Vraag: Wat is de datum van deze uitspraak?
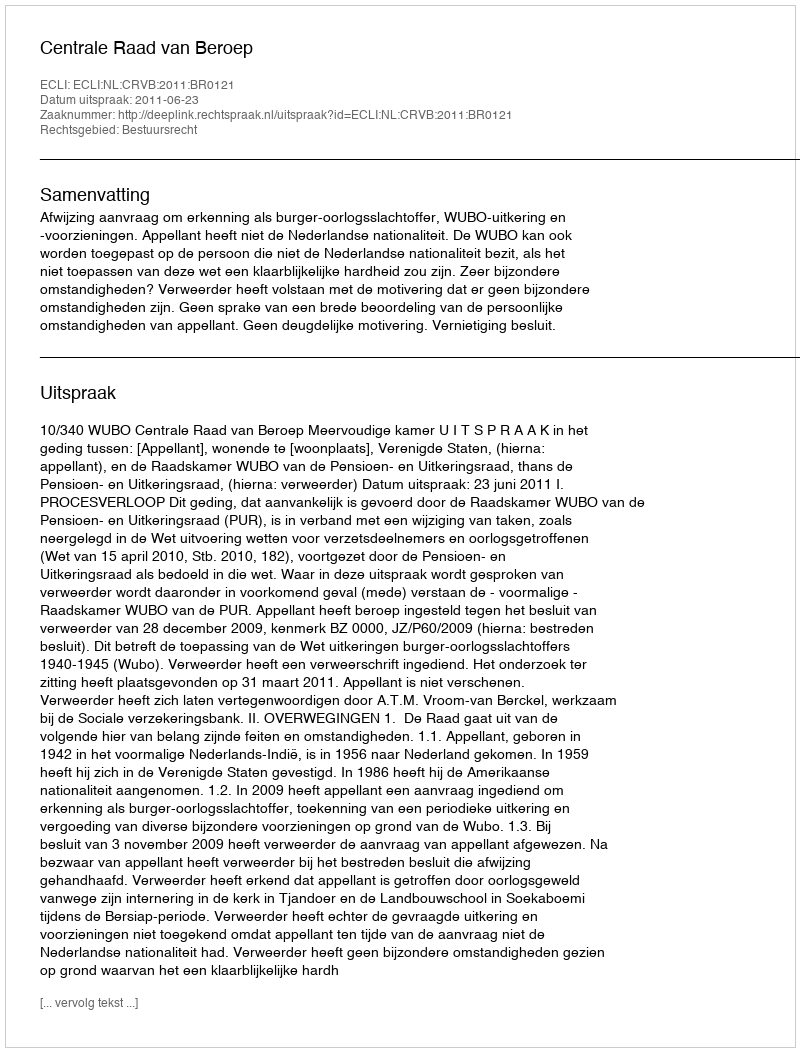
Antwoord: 2011-06-23